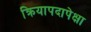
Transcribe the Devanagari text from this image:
क्रियापदापेक्षा